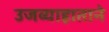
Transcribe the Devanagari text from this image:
उजव्याहाताने